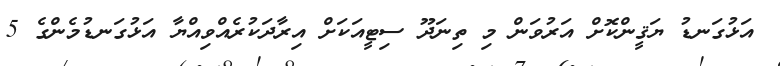
އަޅުގަނޑު ޔަޤީންކޮށް އަރުވަން މި ތިނަދޫ ސިޓީއަކަށް އިރާދަކުރެއްވިއްޔާ އަޅުގަނޑުމެންގެ 5